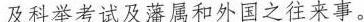
及科举考试及藩属和外国之往来事